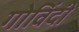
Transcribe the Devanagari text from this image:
गोविंदी